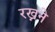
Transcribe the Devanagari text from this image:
रख्नने